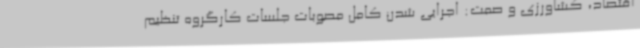
اقتصاد، کشاورزی و صمت: اجرایی شدن کامل مصوبات جلسات کارگروه تنظیم